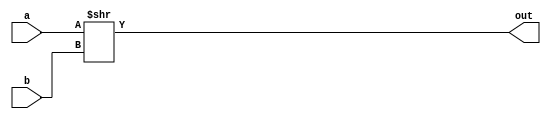
module srl(a,b,out);
input [31:0]a,b;
output reg [31:0] out;
always @*
out=a>>b;
endmodule